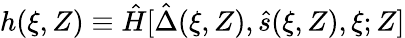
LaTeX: h(\xi,Z)\equiv\hat{H}[\hat{\Delta}(\xi,Z),\hat{s}(\xi,Z),\xi;Z]